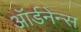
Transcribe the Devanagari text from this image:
ऑर्डनेन्स